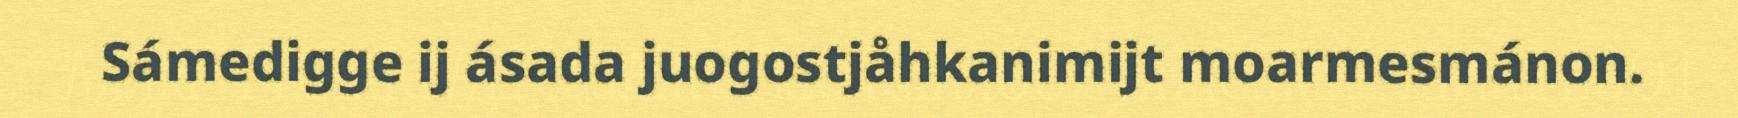
Sámedigge ij ásada juogostjåhkanimijt moarmesmánon.